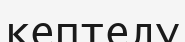
кептелу